Vital statistics of India. Vol. VI, European troops 1870-79
Year: 1870
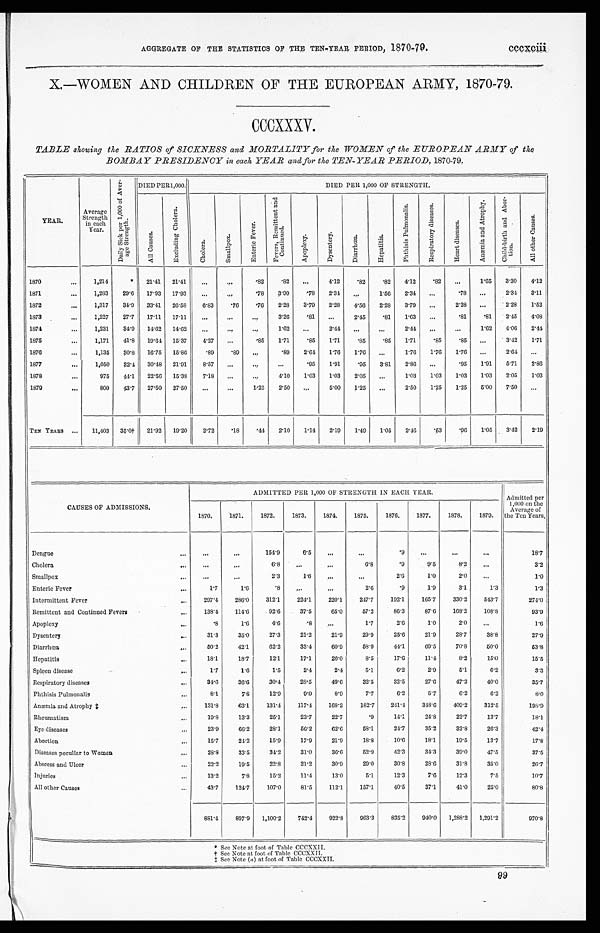
AGGREGATE OF THE STATISTICS OF THE TEN-YEAR PERIOD, 1870-79.
cccxciii
X.—WOMEN AND CHILDREN OF THE EUROPEAN ARMY, 1870-79.
CCCXXXV.
TABLE showing the RATIOS of SICKNESS and MORTALITY for the WOMEN of the EUROPEAN ARMY of the
BOMBAY PRESIDENCY in each, YEAR and for the TEN-YEAR PERIOD, 1870-79.
YEAR.
Average
Strength
in each
Year.
D a i l y S i c k p e r 1 , 0 0 0 o f A v e r -
a g e S t r e n g t h .
DIED PER 1,000.
DIED PER 1,000 OF STRENGTH.
A l l C a u s e s .
E x c l u d i n g C h o l e r a .
C h o l e r a .
S m a l l p o x .
E n t e r i c F e v e r .
F e v e r s , R e m i t t e n t a n d
C o n t i n u e d .
A p o p l e x y .
D y s e n t e r y .
D i a r r h œ a .
He p a t i t i s .
P h t h i s i s P u l m o n a l i s . R e s p i r a t o r y d i s e a s e s .
H e a r t d i s e a s e s .
A n æ m i a a n d A t r o p h y . C h i l d - b i r t h a n d A b o r -
t i on.
A l l o t h e r C a u s e s .
1870
...
1,214
* 21.41 21.41
...
...
.82
. 8 2 ...
4 . 1 2 .82
.82
4 . 1 2
. 8 2 ...
1.65 3.30
4 . 1 2
1871
...
1,283 29.6 17.93 17.93
. . .
...
.78 3.90
.78 2.34
. . .
1.56 2.34 ...
.78 ...
2.34 3.11
1872
...
1,317 34.9 33.41 26.58 6.83 .76
.76 2.28 3.79 2.28 4.56 2.28 3.79
. . . 2.28 ...
2.28 1.52
1873
...
1,227 27.7 17.11 17.11 ...
...
. . . 3.26 .81 ...
2.45 .81 1.63 ...
.81
.81 2.45 4.08
1874
...
1,231 34.9 14.62 14.62 ...
...
. . .
1.62
. . . 2.44 ...
...
2.44 ...
...
1.62 4.06 2.44
1875
...
1,171 41.8 19.64 15.37
4.27 ...
.85 1.71 .85 1.71 .85
.85 1.71
. 8 5 .85 ...
3.42 1.71
1876
...
1,135 30.8 16.75 15.86
. 8 9 .89
. . .
. 8 9 2.64 1.76 1.76 ...
1.76 1.76 1.76 ...
2.64 ...
1877
...
1,050 32.4 30.48 21.91
8.57 ...
...
...
.95 1.91
.95 3.81 2.86 ...
.95 1.91 5.71 2.86
1878
. . .
975 44.1 22.56 15.38 7.18 ...
...
4.10 1.03 1.03 2.05 ...
1.03 1.03 1.03 1.03 2.05 1.03
1879
. . .
800 43.7 27.50 27.50 ...
...
1.25 2.50 ...
5.00 1.25 ...
2.50 1.25 1.25 5.00 7.50
. . .
TEN YEARS ... 11,403 35.0† 21.92 19.20 2.72 .18
.44 2.10 1.14 2.19 1.49 1.05 2.46
. 5 3 .96 1.05 3.42 2.19
CAUSES OF ADMISSIONS.
ADMITTED PER 1,000 OF STRENGTH IN EACH YEAR.
Admitted per
1,000 on the
Average of
the Ten Years.
1870.
1871.
1872.
1873.
1874.
1875.
1876.
1877.
1878.
1879.
Dengue
...
...
. . .
154. 9
6.5
...
...
.9
. . .
...
...
18.7
Cholera
...
...
. . .
6.8
. . .
...
6.8
.9
9.5
8.2 ...
3.2
Smallpox
...
...
...
2.3
1.6 ...
...
2 . 6
1. 0
2.0 ...
1.0
Enteric Fever
...
1.7
1.6
.8
...
...
2.6
.9
1.9
3.1
1.3
1.3
Intermittent Fever
...
297.4 286.0 312.1
224.1 220.1 247.7 192. 1
165.7
330.2 543.7
274.0
Remittent and Continued Fevers
...
138.4 114.6
92. 6
37.5
65.0
57.2
86. 3
87. 6
168.2 108.8
93.9
Apoplexy
...
.8
1.6
4 . 6
. 8 ...
1.7
2 . 6
1 . 0
2.0 ...
1.6
Dysentery
...
31.3
35.0
27.3
21.2
21.9
29.9
25. 6
21.9
28.7
38.8
27.9
Diarrhœa
...
50.2
42.1
62. 2
33.4
60.9
58.9
44. 1
69.5
70.8
50.0
53.8
Hepatitis
...
18.1
18.7
1 2 . 1
17.1
26.0
8.5
17. 6
11.4
8.2
15.0
15.5
Spleen disease
...
1.7
1.6
1.5
2.4
2.4
5.1
6 . 2
2.9
5.1
6.2
3.3
Respiratory diseases
...
34.6 36.6
30. 4
28.5
49.6
32.5
32.5
27.6
47.2
40.0
35.7
Phthisis Pulmonalis
...
8.1
7.8
12. 9
9.0
8.9
7.7
6 . 2
5.7
6.2
6.2
8.0
Anæmia and Atrophy ‡
...
131.8
63.1 131. 4
117.4 168.2 182.7
241. 4
348.6
409.2 312.5
198.9
Rheumatism
...
19.8
13.3
25. 1
23.7
22.7
.9
14. 1
24.8
22.7
13.7
18.1
Eye diseases
...
23.9
66.2
28.1
56.2
62.6
58.1
24. 7
35. 2
32.8
26.3
42.4
Abortion
...
1 5 . 7 24.2
15. 9
17.9
21.9
18.8
10. 6
18.1
19.5
13.7
17.8
Diseases peculiar to Women
. . . 28.8
33.5
34.2
31.0
36.6
52.9
42. 3
34.3
39.0
47.5
37.5
Abscess and Ulcer
...
22.2
19.5
22. 8
21.2
30.9
29.0
30. 8
28.6
31.8
35.0
26.7
Injuries
...
13.2
7.8
15.2
11.4
13.0
5.1
12.3
7. 6
12.3
7.5
10.7
All other Causes
...
43.7 124.7 107. 0
81.5
112.1 157.1
40.5
37.1
41.0
25.0
80.8
881.4 897.9 1, 100. 2
742.4 922.8 963.3
835. 2
940.0
1,288.2 1,291.2
970.8
* See Note at foot of Table CCCXXII.
† S e e N o t e a t f o o t o f T a b l e C C C X X I I .
‡ S e e N o t e (
a
) a t f o o t o f T a b l e C C C X X I I .
99